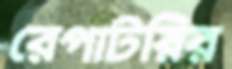
রেপাটরির